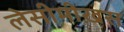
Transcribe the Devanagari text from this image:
लेसीमीख़स